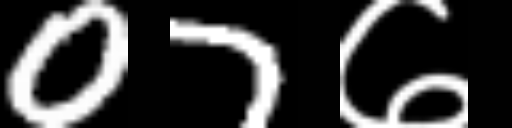
Text: 07७